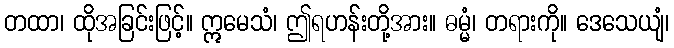
တထာ၊ ထိုအခြင်းဖြင့်။ ဣမေသံ၊ ဤရဟန်းတို့အား။ ဓမ္မံ၊ တရားကို။ ဒေသေယျံ၊